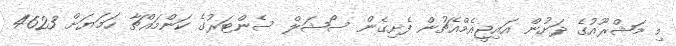
މި މަޝްރޫއުގެ ދަށުން އައިޖީއެމްއެޗުން ފެށިގެން ސޯޝަލް ސެންޓަރުގެ ކަންމައްޗާ ހަމަޔަށް 4623